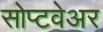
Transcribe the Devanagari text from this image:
सोप्टवेअर